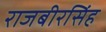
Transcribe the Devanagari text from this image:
राजबीरसिंह